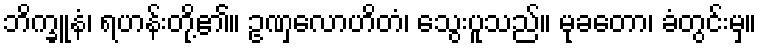
ဘိက္ခူနံ၊ ရဟန်းတို့၏။ ဥဏှလောဟိတံ၊ သွေးပူသည်။ မုခတော၊ ခံတွင်းမှ။